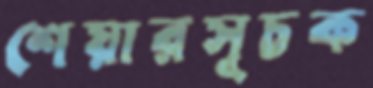
শেয়ারসূচক